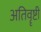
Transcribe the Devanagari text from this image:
अतिवॄष्टी